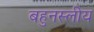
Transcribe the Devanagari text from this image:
बहुनस्लीय